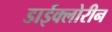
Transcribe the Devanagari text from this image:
डाईक्लोरीन